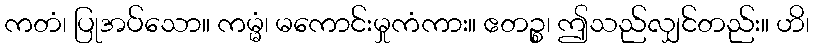
ကတံ၊ ပြုအပ်သော။ ကမ္မံ၊ မကောင်းမှုကံကား။ ဧတဉ္စ၊ ဤသည်လျှင်တည်း။ ဟိ၊